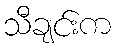
သီချင်းက